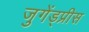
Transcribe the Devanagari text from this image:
जुगेंड्प्रीस